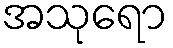
အသုရော